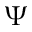
\Psi